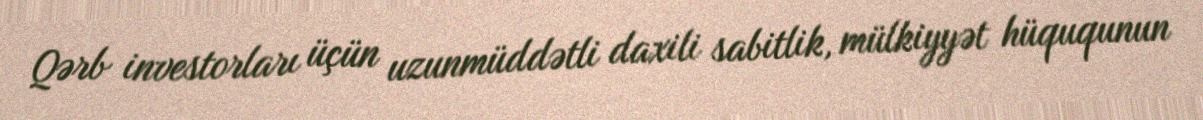
Qərb investorları üçün uzunmüddətli daxili sabitlik, mülkiyyət hüququnun